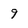
Character: 9